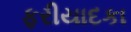
ફરીયાદકા